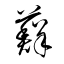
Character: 蘚